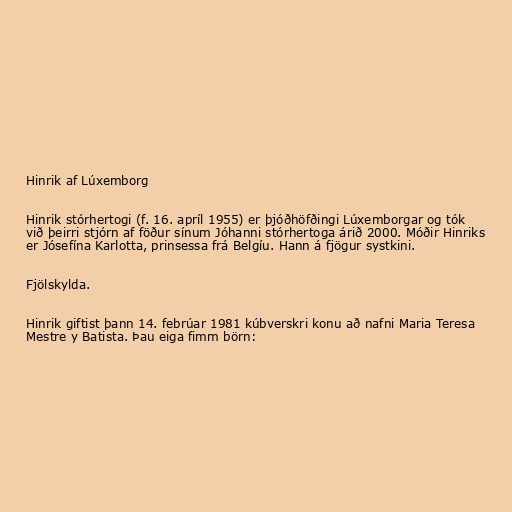
Hinrik af Lúxemborg

Hinrik stórhertogi (f. 16. apríl 1955) er þjóðhöfðingi Lúxemborgar og tók
við þeirri stjórn af föður sínum Jóhanni stórhertoga árið 2000. Móðir Hinriks
er Jósefína Karlotta, prinsessa frá Belgíu. Hann á fjögur systkini.

Fjölskylda.

Hinrik giftist þann 14. febrúar 1981 kúbverskri konu að nafni Maria Teresa
Mestre y Batista. Þau eiga fimm börn: